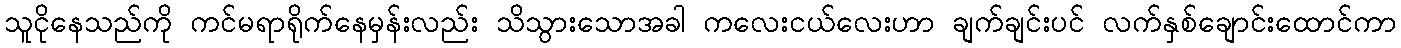
သူငိုနေသည်ကို ကင်မရာရိုက်နေမှန်းလည်း သိသွားသောအခါ ကလေးငယ်လေးဟာ ချက်ချင်းပင် လက်နှစ်ချောင်းထောင်ကာ